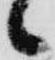
候